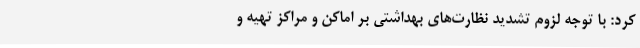
کرد: با توجه لزوم تشدید نظارت‌های بهداشتی بر اماکن و مراکز تهیه و